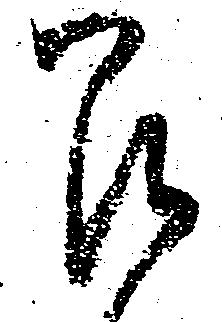
召